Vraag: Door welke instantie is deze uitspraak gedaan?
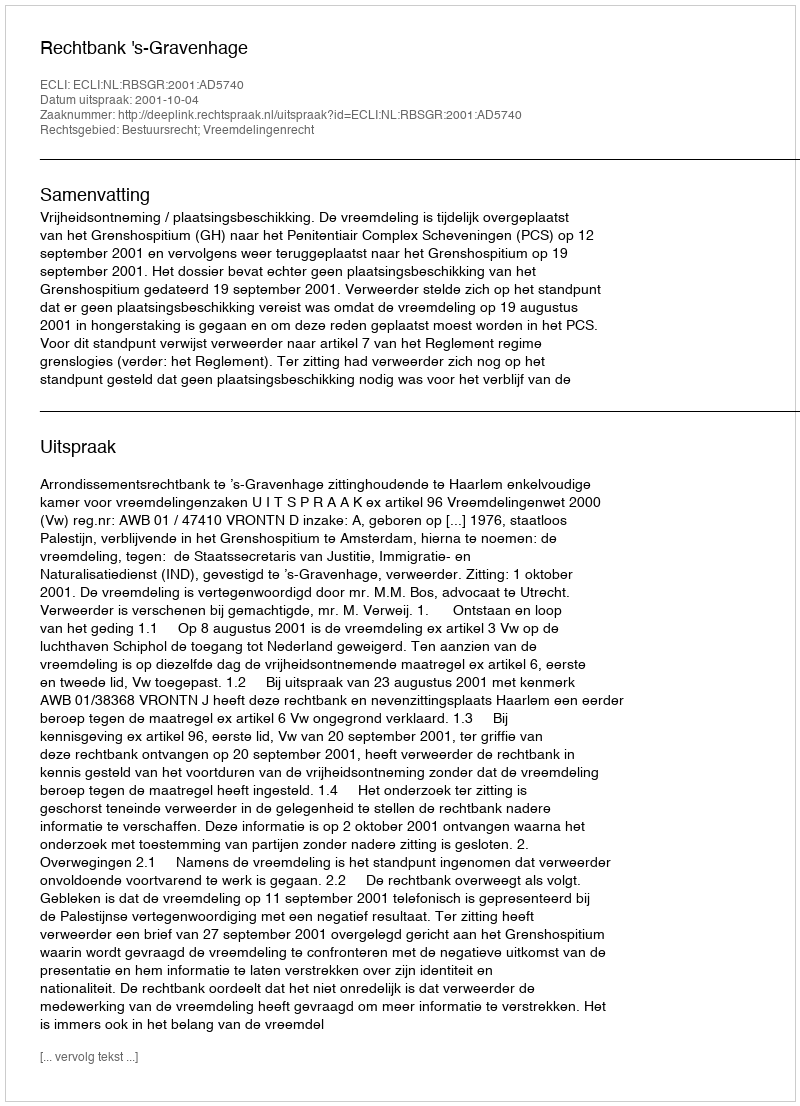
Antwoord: Rechtbank 's-Gravenhage